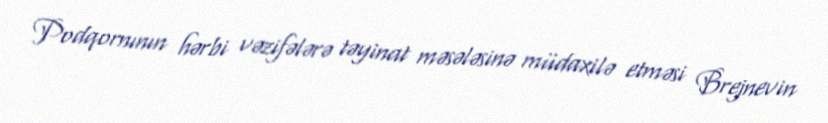
Podqornının hərbi vəzifələrə təyinat məsələsinə müdaxilə etməsi Brejnevin